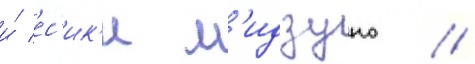
и́ ес'ик'и м'идзуно //